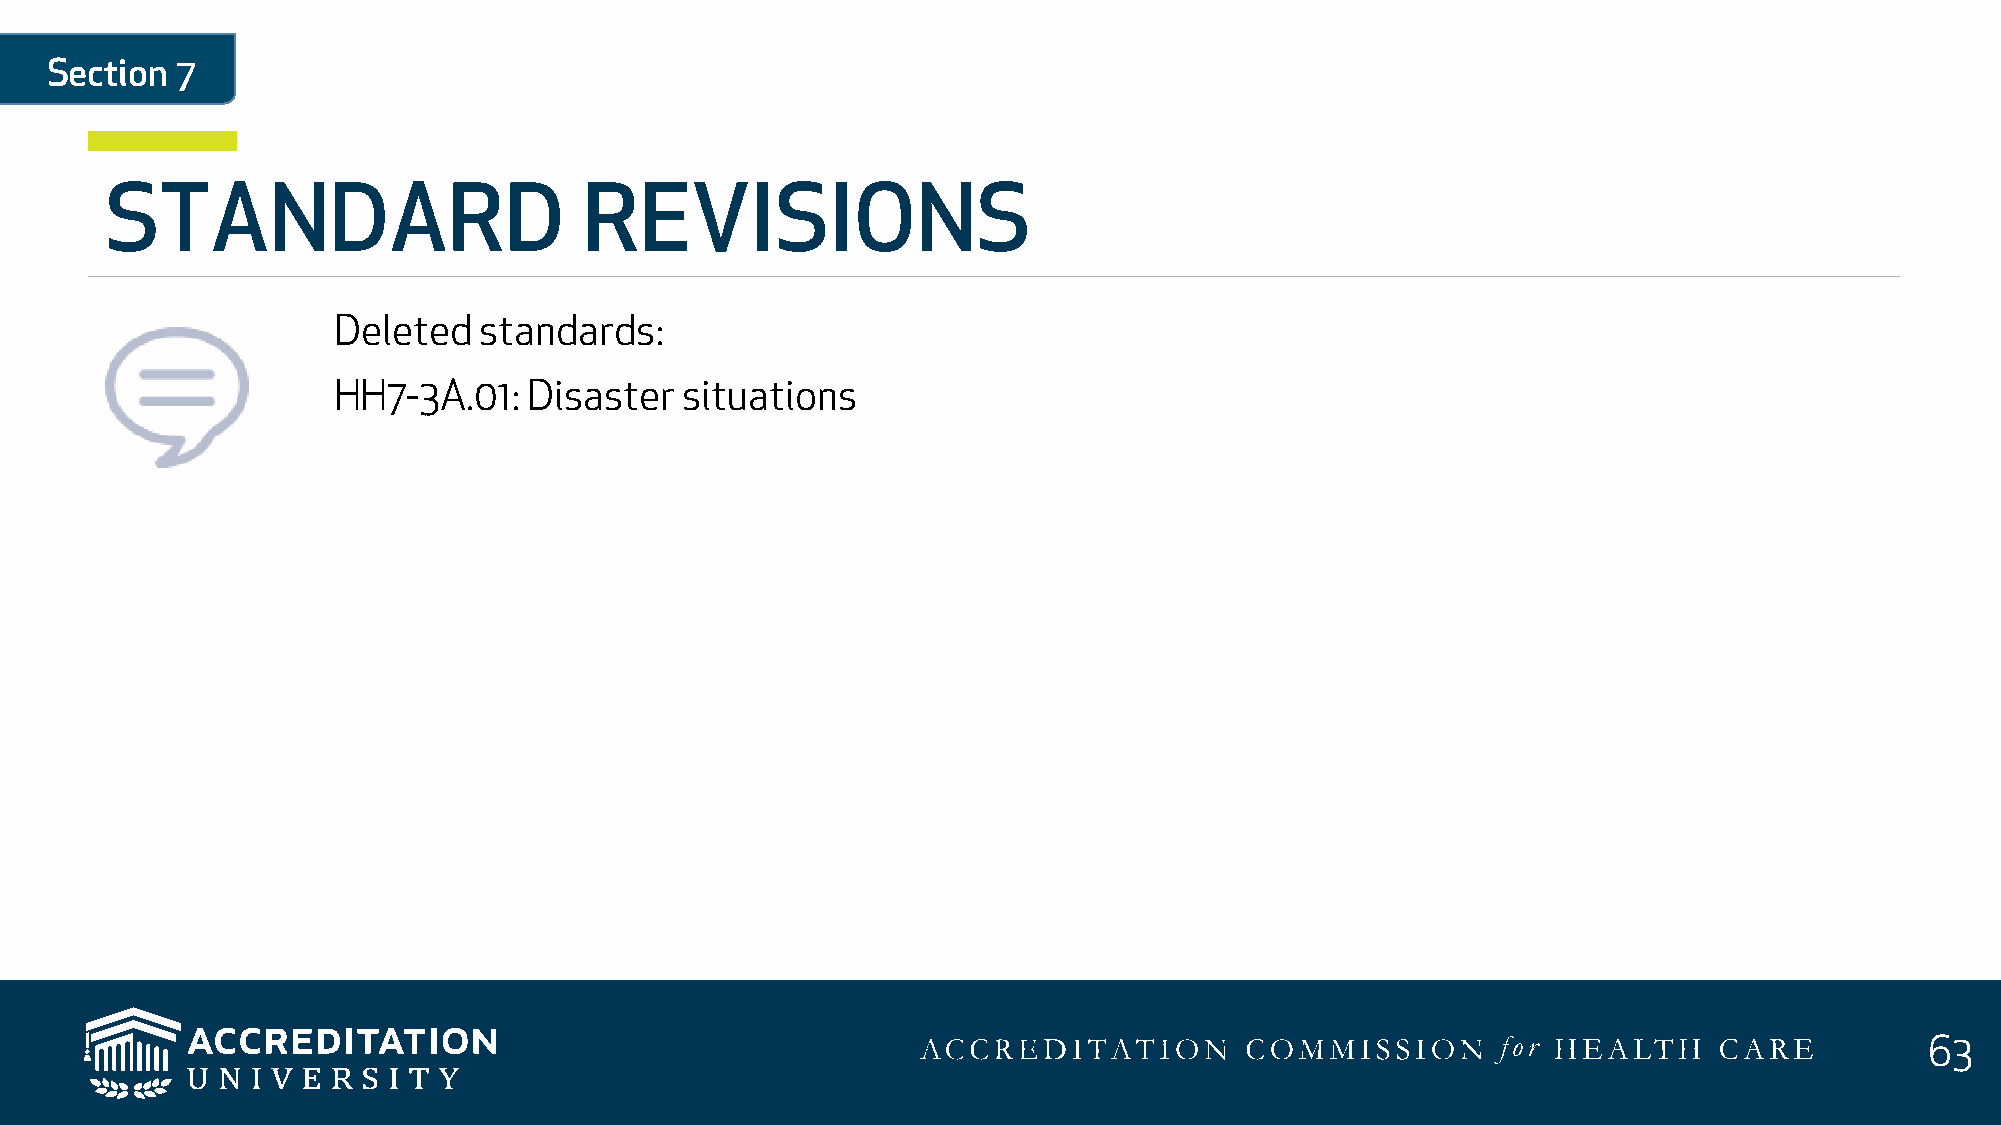
Section  7
 STANDARD                        REVISIONS
 Deleted   standards:
 HH7-3A.01:   Disaster  situations
 63